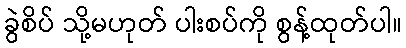
ခွဲစိပ် သို့မဟုတ် ပါးစပ်ကို စွန့်ထုတ်ပါ။